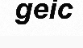
geic